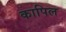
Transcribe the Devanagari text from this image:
कापिल